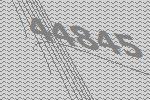
44845